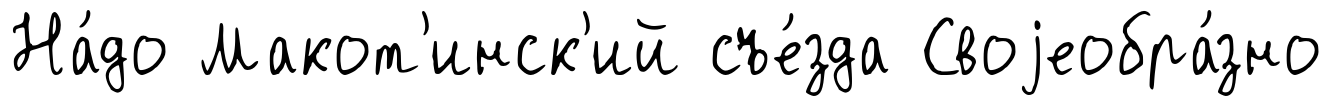
На́до Макот'инск'ий съе́зда Своjеобра́зно